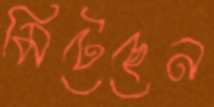
মিটেছেন